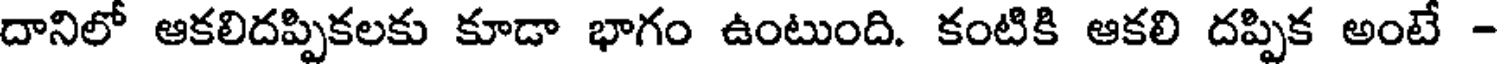
దానిలో ఆకలిదప్పికలకు కూడా భాగం ఉంటుంది. కంటికి ఆకలి దప్పిక అంటే -